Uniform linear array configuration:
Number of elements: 64
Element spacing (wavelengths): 0.5
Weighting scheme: hann
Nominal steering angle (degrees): -30
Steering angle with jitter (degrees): -30.026
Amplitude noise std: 0.05
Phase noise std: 0.05

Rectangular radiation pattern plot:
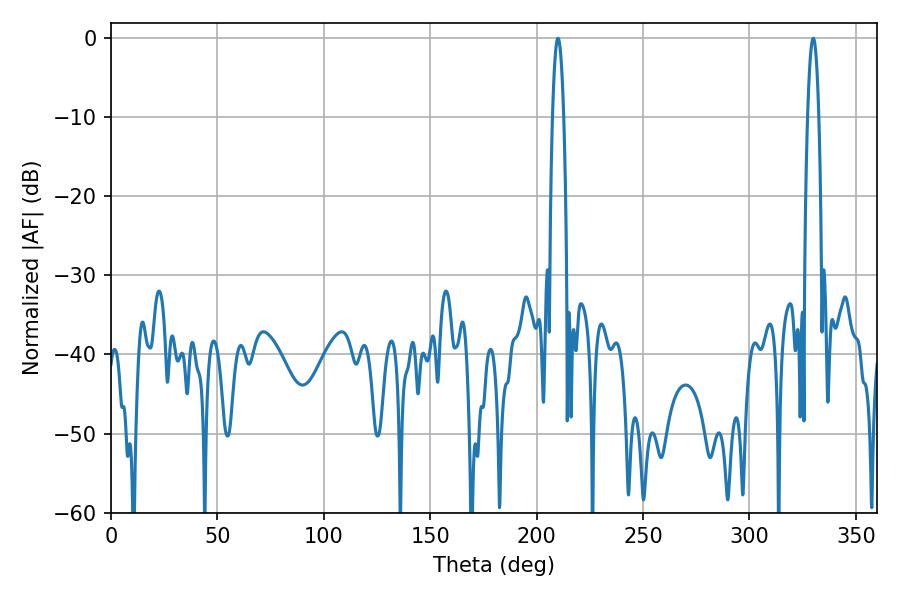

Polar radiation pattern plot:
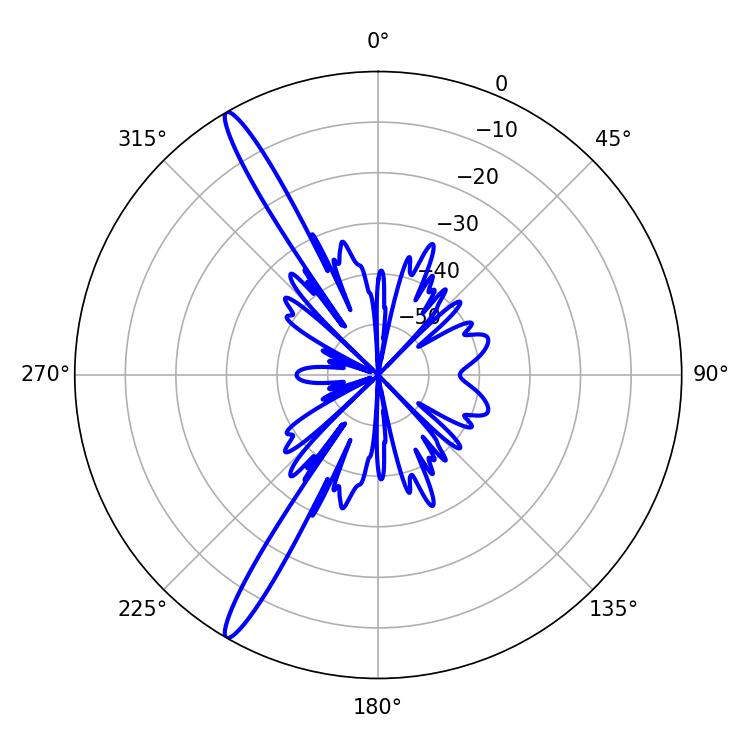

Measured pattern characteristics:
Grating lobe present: FALSE
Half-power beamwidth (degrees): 2.88
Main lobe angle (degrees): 329.94